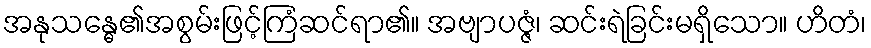
အနုသန္ဓေ၏အစွမ်းဖြင့်ကြံဆင်ရာ၏။ အဗျာပဇ္ဇံ၊ ဆင်းရဲခြင်းမရှိသော။ ဟိတံ၊